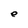
Character: e